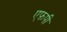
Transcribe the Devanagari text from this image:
एफ़पी